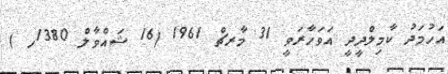
އަހުމަދު ކާމިލްދީދީ އަވަހާރަވީ 31 މާރޗް 1961 (16 ޝައްވާލް 1380ހ )